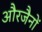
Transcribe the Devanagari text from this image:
औरजैनों